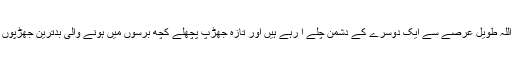
اسرائیل اور حزب اللہ طویل عرصے سے ایک دوسرے کے دشمن چلے آ رہے ہیں اور تازہ جھڑپ پچھلے کچھ برسوں میں ہونے والی بدترین جھڑپوں میں سے ایک ہے۔